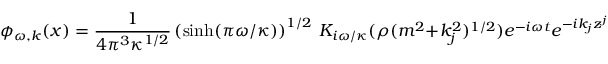
\phi _ { \omega , k } ( x ) = { \frac { 1 } { 4 \pi ^ { 3 } \kappa ^ { 1 / 2 } } } \left( \sinh ( \pi \omega / \kappa ) \right) ^ { 1 / 2 } ~ K _ { i \omega / \kappa } ( \rho ( m ^ { 2 } + k _ { j } ^ { 2 } ) ^ { 1 / 2 } ) e ^ { - i \omega t } e ^ { - i k _ { j } z ^ { j } } ~ ~ ~ ,